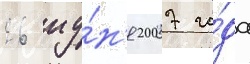
26 иу́н'я 2007 го́да